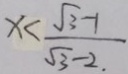
x < \frac { \sqrt { 3 } - 1 } { \sqrt { 3 } - 2 . }